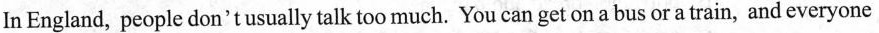
In England，people don't usually talk too much. You can get on a bus or a train，and everyone